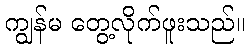
ကျွန်မ တွေ့လိုက်ဖူးသည်။